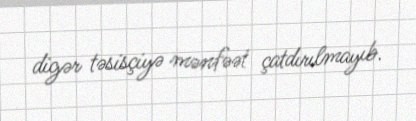
digər təsisçiyə mənfəət çatdırılmayıb.